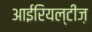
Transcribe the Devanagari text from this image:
आईरियल्टीज़